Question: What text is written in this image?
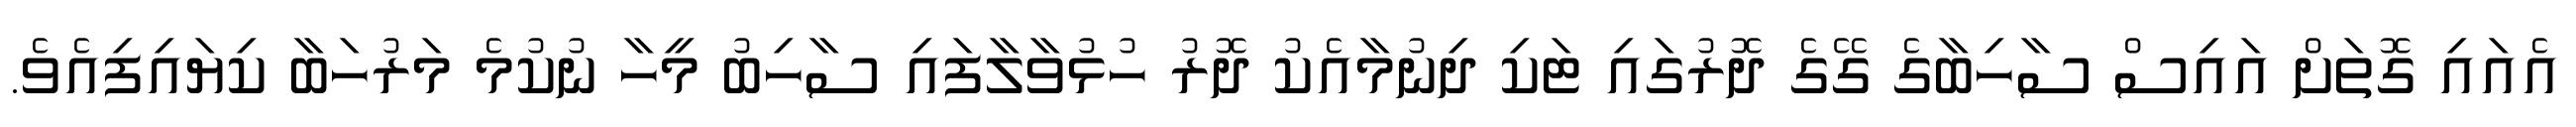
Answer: އެއައި ގޮތަށް އައިސް ސާހިބާގެ ގޭގެ ދޮރުގައި ޓަކި ދިނުމާއެކު ދޮރު ހުޅުވާލާފައި ސާހިބު މީހާ ނުކުމެ މަރުހަބާ ކިޔައިފިއެވެ.